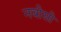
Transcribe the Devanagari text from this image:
नवीसी